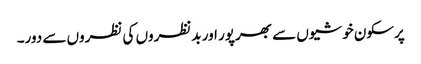
پرسکون خوشیوں سے بھرپور اور بدنظروں کی نظروں سے دور۔